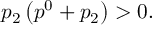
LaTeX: p _ { 2 } \left( p ^ { 0 } + p _ { 2 } \right) > 0 .